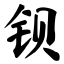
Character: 钡